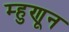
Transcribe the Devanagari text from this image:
म्हुणून